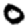
Digit: 0